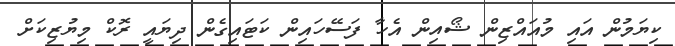
ކިޔަމުން އައި މުއައްޒިން ޝޯއިން އެހާ ފަސޭހައިން ކަޓައިގެން ދިޔައީ ރޮކް މިޔުޒިކަށް